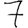
Digit: 7